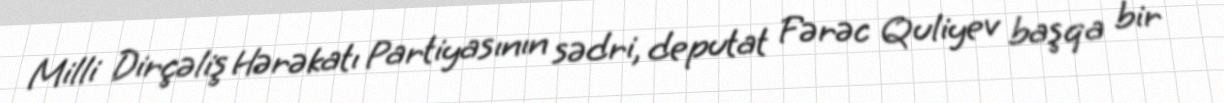
Milli Dirçəliş Hərəkatı Partiyasının sədri, deputat Fərəc Quliyev başqa bir